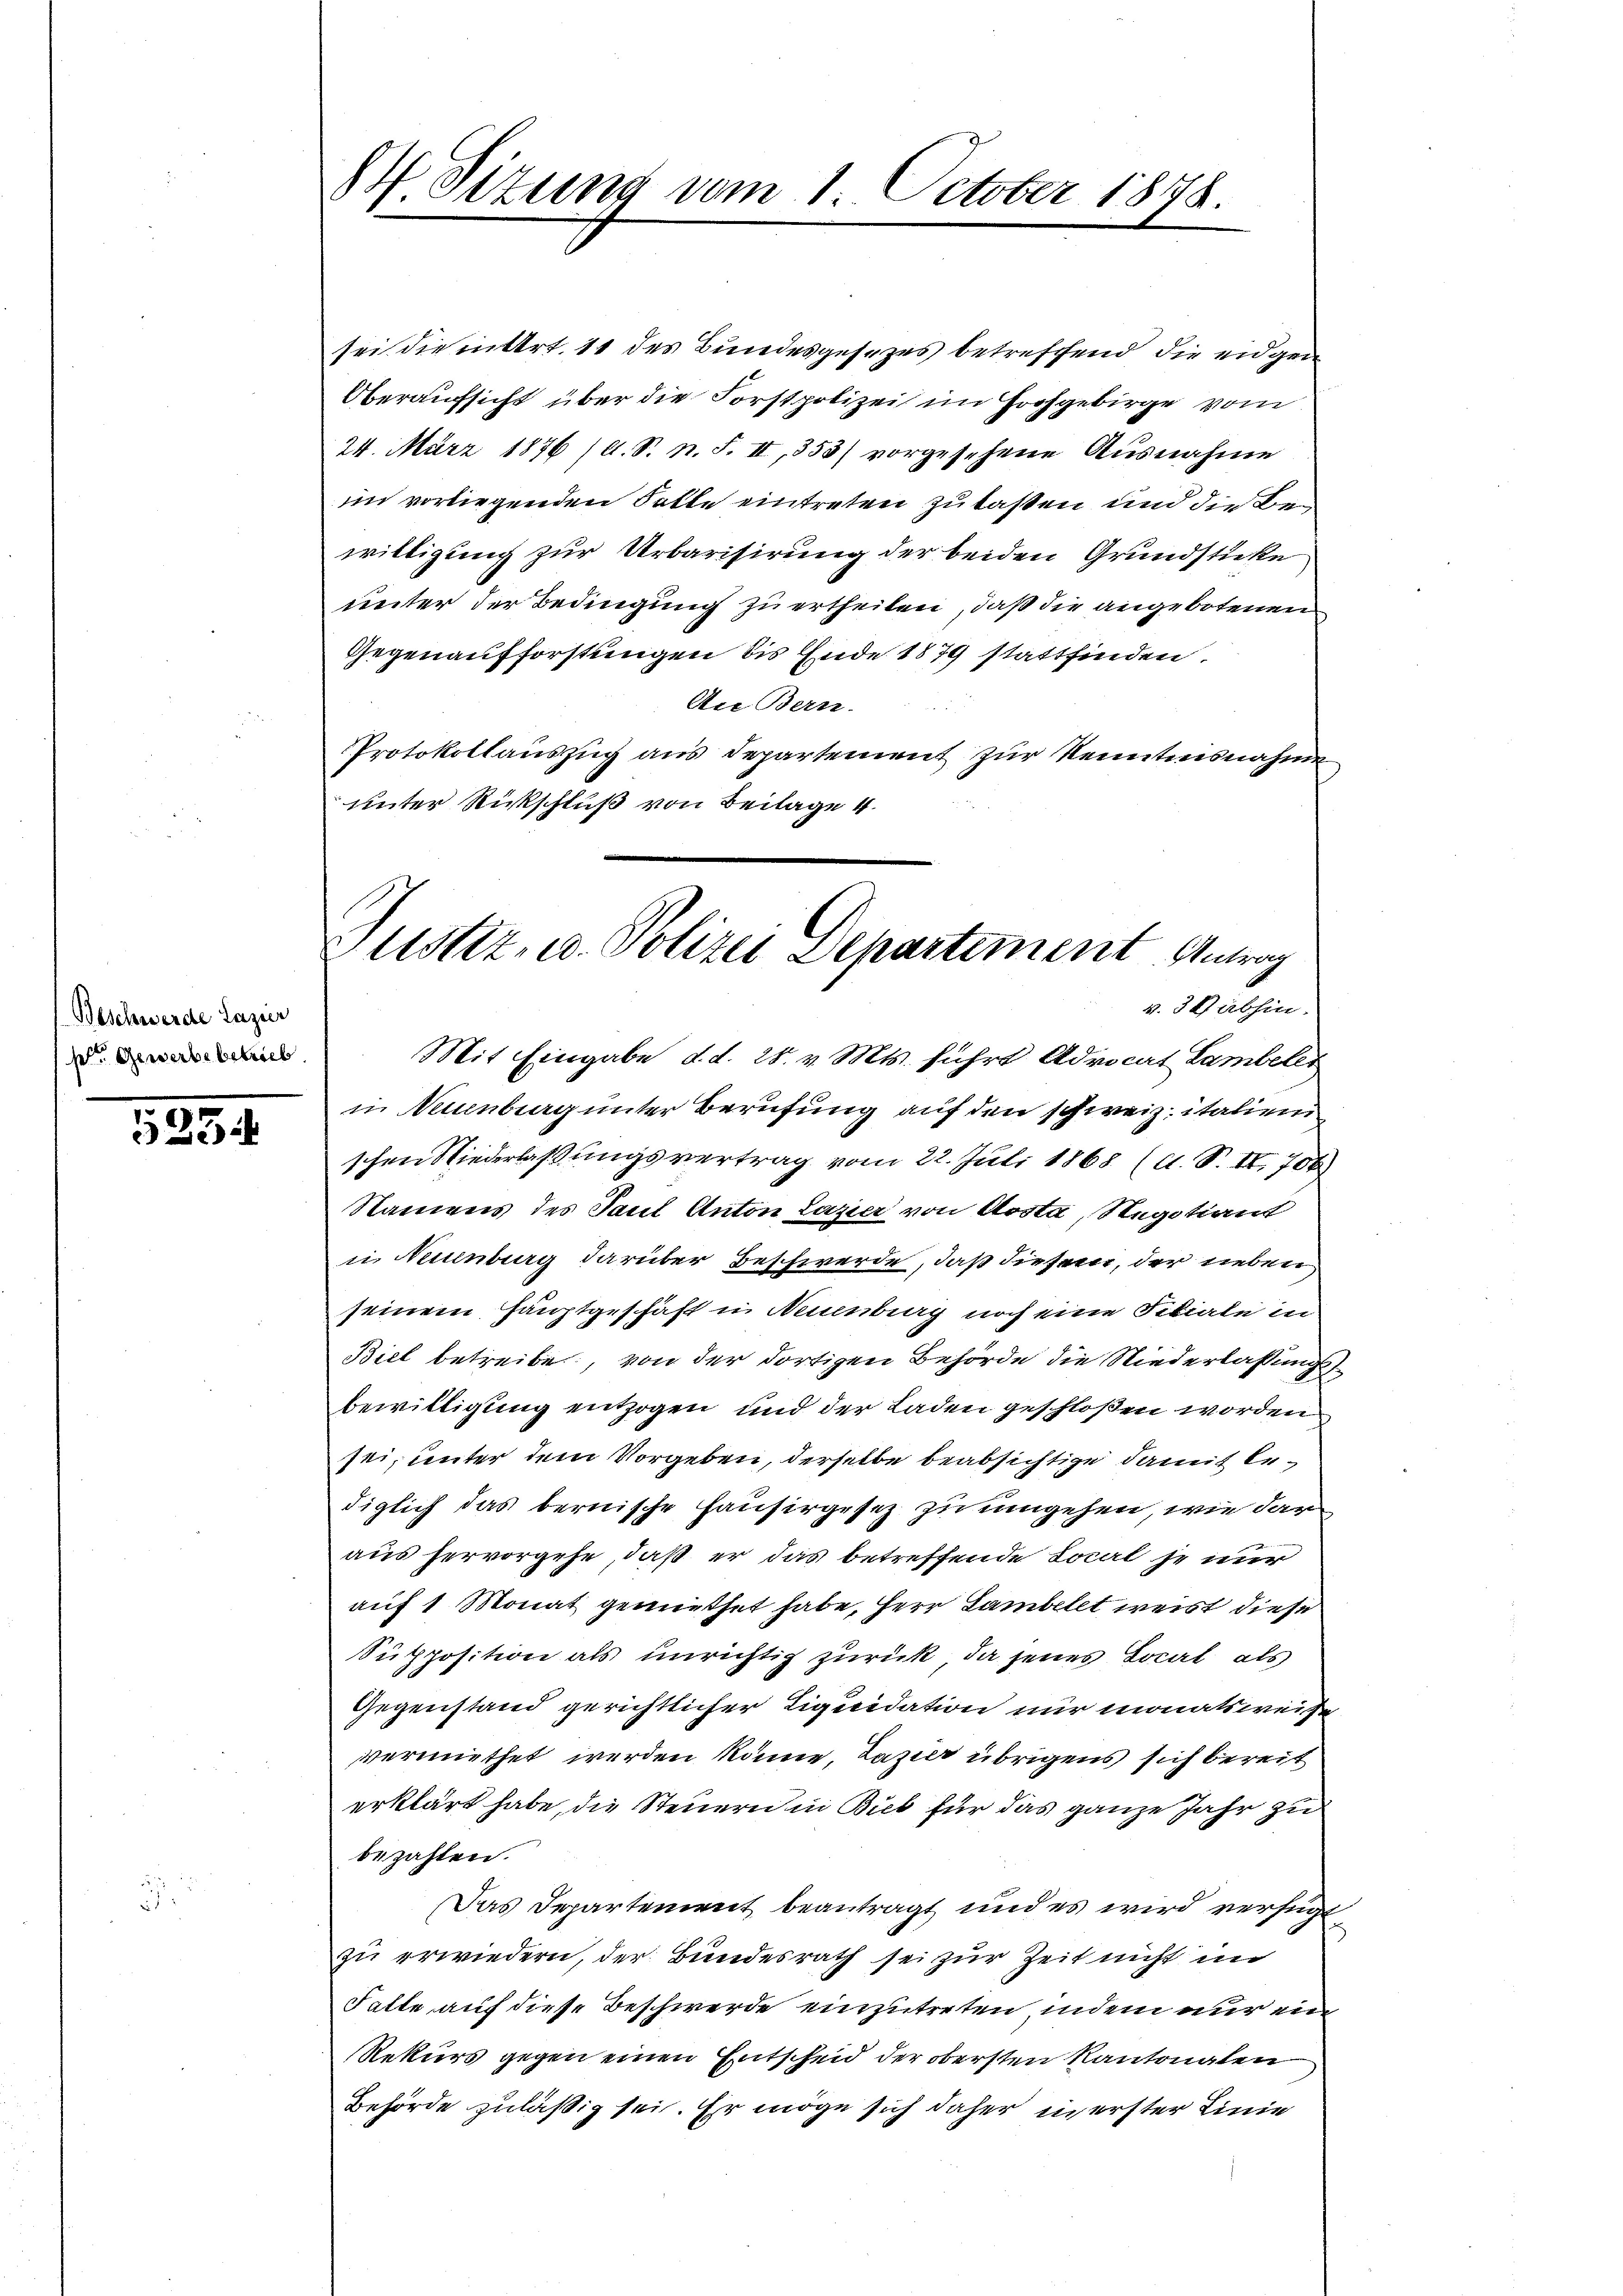
Beschwerde Lazier
str. Gewerbe betrieb

5254

84 Sizung vom 1. October 1878.

sei die intert. 11 des Bundesgesezes betreffend die eidgen
Oberaufsicht über die Forstpolizei im Hochgebirge vom
24. März 1876 (s. S. n. F. II, 353) vorgesehene Ausnahme
im vorliegenden Satte eintreten zu laßen und die Bei
willigung zur Urbarisirung der beiden Grundsticke
unter der Bedingung zu ertheilen, daß die angebotenen
Gegenaufforstungen bis Ende 1879 stattfinden.
An Bern.
Protokollauszug aus Departement zur Kenntnisnahme,
unter Rückschluß von Beilage 4.
Mit Eingabe d.d. 28. v. Mts. führt Advocat Lambele
in Neuenburg unter Berufung auf den schweiz. italien
schen Niederlaßungsvertrag vom 22. Juli 1868 (A. S. II 706
Namens des Paul Anton Lazier von Aosta, Negotian
in Neuenburg darüber Beschwerde, daß diesem, der neben
seinem Hauptgeschäft in Neuenburg noch eine Filiale in
Biel betreibe, von der dortigen Behörde die Niederlassungsbewilligung entzogen und der Laden geschloßen worden
sei, unter dem Vorgeben, derselbe beabsichtige damit bediglich das bernische Hausirgesez zu umgehen, wie dar
aus hervorgehe, daß er das betreffende Local je nur
auf 1 Monat gemiethet habe, Herr Lambelet weist diese
Supposition als unrichtig zurück, da jenes Local als
Gegenstand gerichtlicher Liquidation nur monatsweise
vermiethet werden könne, Lazier übrigens sich bereit
erklärt habe, die Steuern in Bieb für das ganze Jahr zu
bezahlen.
Das Departement beantragt und es wird verfügt
zu erwiedern, der Bundesrath sei zur Zeit nicht im
Falte auf diese Beschwerde einzutreten, indem nur ein
Rekurs gegen einen Entscheid der obersten Kantonalen
Behörde zuläßig sei. Er möge sich daher in erster Linie

Justiz- u. Polizei Departement Antrag
v. 3 abhin.